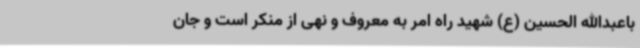
باعبدالله الحسین (ع) شهید راه امر به معروف و نهی از منکر است و جان